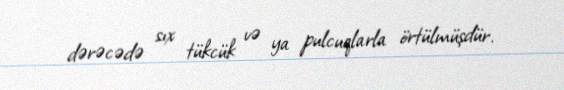
dərəcədə sıx tükcük və ya pulcuqlarla örtülmüşdür.